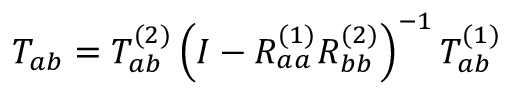
T _ { a b } = T _ { a b } ^ { ( 2 ) } \left( I - R _ { a a } ^ { ( 1 ) } R _ { b b } ^ { ( 2 ) } \right) ^ { - 1 } T _ { a b } ^ { ( 1 ) }